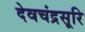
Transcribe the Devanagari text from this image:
देवचंद्रसूरि